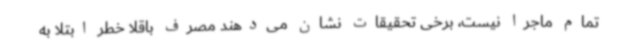
تمام ماجرا نیست، برخی تحقیقات نشان می‌دهند مصرف باقلا خطر ابتلا به